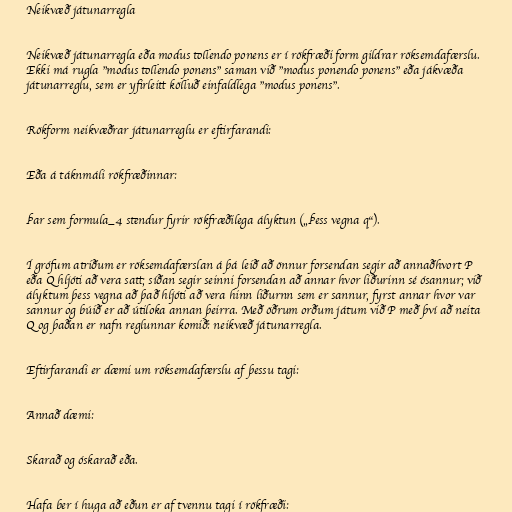
Neikvæð játunarregla

Neikvæð játunarregla eða modus tollendo ponens er í rökfræði form gildrar röksemdafærslu.
Ekki má rugla "modus tollendo ponens" saman við "modus ponendo ponens" eða jákvæða
játunarreglu, sem er yfirleitt kölluð einfaldlega "modus ponens".

Rökform neikvæðrar játunarreglu er eftirfarandi:

Eða á táknmáli rökfræðinnar:

Þar sem formula_4 stendur fyrir rökfræðilega ályktun („Þess vegna q“).

Í grófum atriðum er röksemdafærslan á þá leið að önnur forsendan segir að annaðhvort P
eða Q hljóti að vera satt; síðan segir seinni forsendan að annar hvor liðurinn sé ósannur; við
ályktum þess vegna að það hljóti að vera hinn liðurnn sem er sannur, fyrst annar hvor var
sannur og búið er að útiloka annan þeirra. Með öðrum orðum játum við P með því að neita
Q og þaðan er nafn reglunnar komið: neikvæð játunarregla.

Eftirfarandi er dæmi um röksemdafærslu af þessu tagi:

Annað dæmi:

Skarað og óskarað eða.

Hafa ber í huga að eðun er af tvennu tagi í rökfræði: